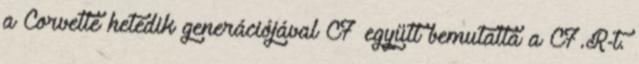
a Corvette hetedik generációjával C7 együtt bemutatta a C7.R-t.